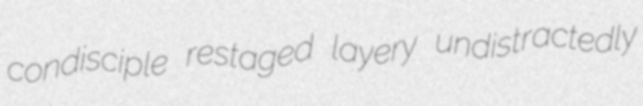
condisciple restaged layery undistractedly